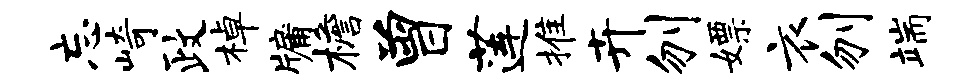
忘崎政棹牖檐曾莲推卉刎嫖衣刎端